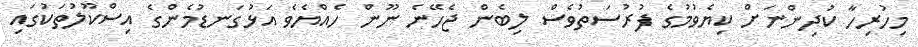
މިހުރިހާ ކުދިންނަށް ކިޔެވުމުގެ ފުރުސަތުވެސް ލިބެން ޖެހޭނެ ނޫން ހެއްޔެވެ އަޅުގަނޑުމެންގެ އިސްކޫލުތަކުގައި